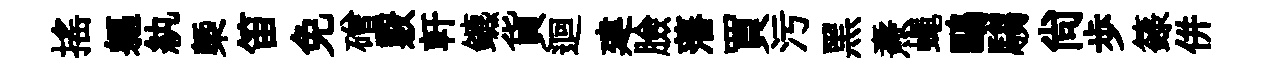
摇軀紈槩笛免磳覈軒鑣貨迴建臉藩買污黑燾蠅鷗騶尚歩籙併